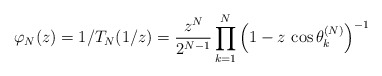
\begin{align*}\varphi_{N}(z) = 1/T_{N}(1/z) = \frac{z^{N}}{2^{N-1}} \prod_{k=1}^{N} \left( 1 - z \, \cos \theta_{k}^{(N)} \right)^{-1}\end{align*}